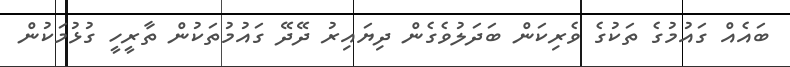
ބައެއް ގައުމުގެ ތަކުގެ ވެރިކަން ބަދަލުވެގެން ދިޔައިރު ދޭދޭ ގައުމުތަކުން ތާރީހީ ގުޅުމަކުން